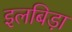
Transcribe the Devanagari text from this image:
इलबिड़ा